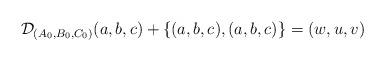
LaTeX: \begin{align*} \mathcal{D}_{(A_0,B_0,C_0)}(a,b,c)+\{(a,b,c),(a,b,c)\}=(w,u,v)\end{align*}